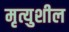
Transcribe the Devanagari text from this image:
मृत्युशील